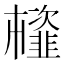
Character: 𩐊